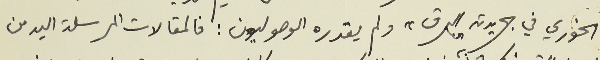
الخوري في جريدته البرق " ولم يقدره الوصوليون: فالمقالات المرسلة اليه من